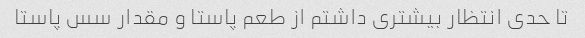
تا حدی انتظار بیشتری داشتم از طعم پاستا و مقدار سس پاستا